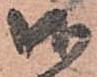
御